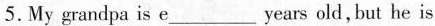
5.My grandpa is e___years old,but he is